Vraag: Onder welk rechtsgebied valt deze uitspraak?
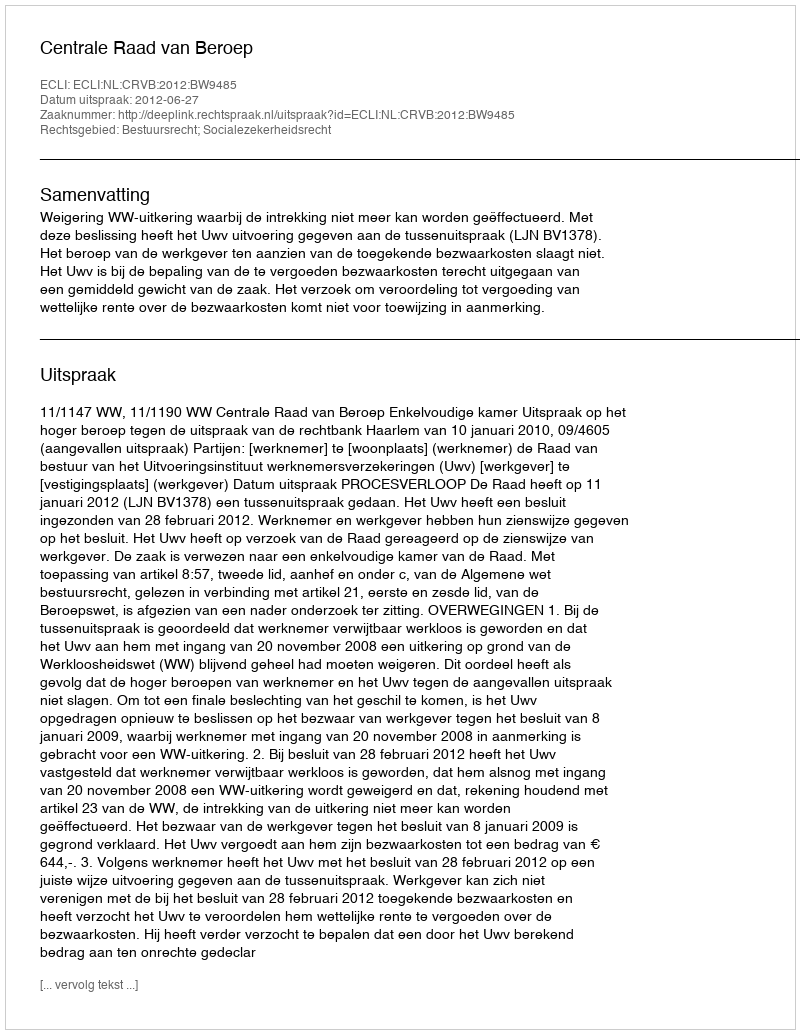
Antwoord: Bestuursrecht; Socialezekerheidsrecht